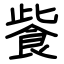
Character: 飺